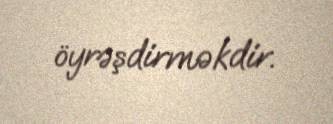
öyrəşdirməkdir.